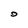
Character: D